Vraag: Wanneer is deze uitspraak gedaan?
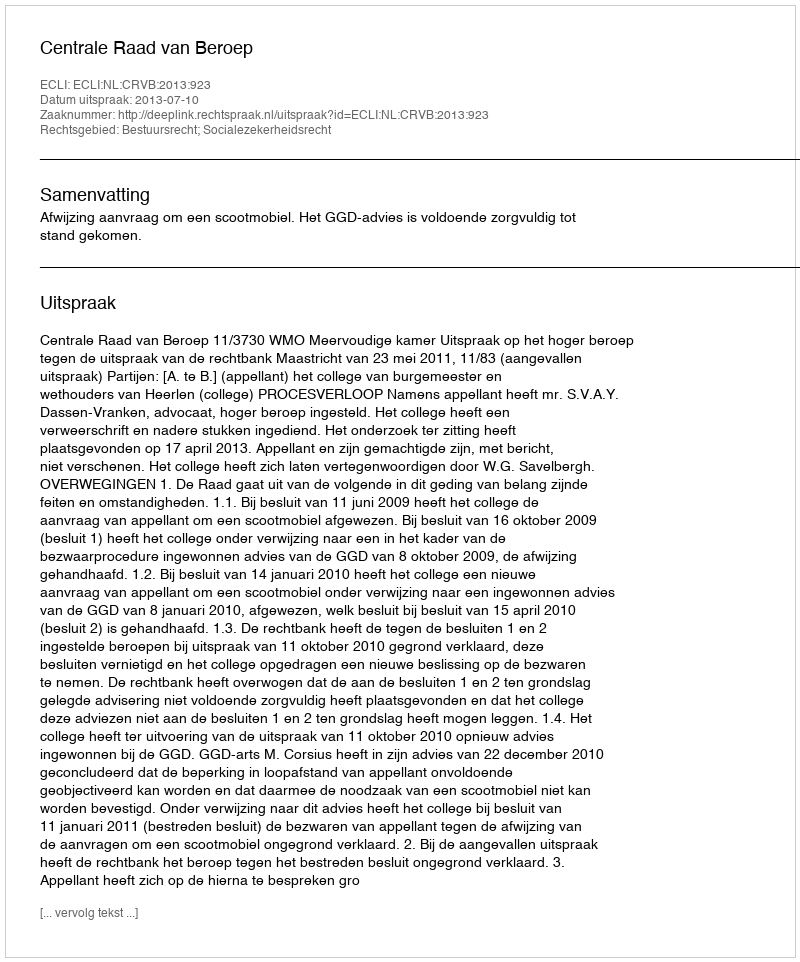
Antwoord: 2013-07-10